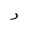
Letter: _ra